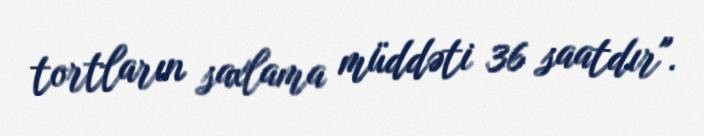
tortların saxlama müddəti 36 saatdır".